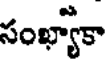
సంఖ్యోకా